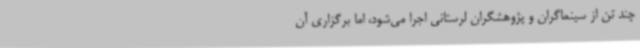
چند تن از سینماگران و پژوهشگران لرستانی اجرا می‌شود، اما برگزاری آن